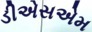
ડીએસએમ